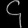
Digit: ၄